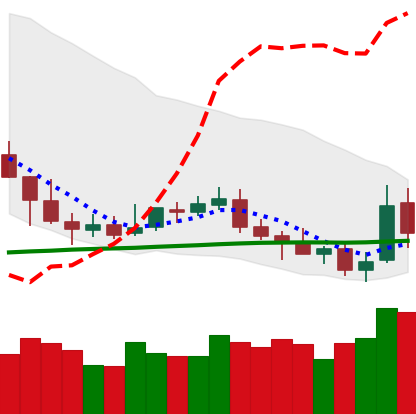
Ticker: NEO-USD
Chart end date: 2019-05-12
Forward return: 20.175%
Label: up_7plus